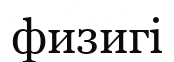
физигі